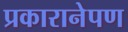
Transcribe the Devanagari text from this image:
प्रकारानेपण